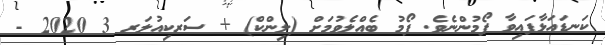
ކަނޑައަޅާފައިވާ ފޯމުންނެވެ. ފޯމު ބެއްލެވުމަށް (ލިންކް) + ސަރކިއުލަރ 3 2020 -